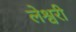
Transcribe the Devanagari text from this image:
लेश्वरी